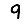
Digit: 9